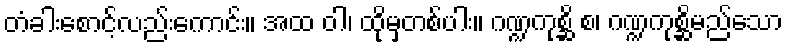
တံခါးစောင့်လည်းကောင်း။ အထ ဝါ၊ ထိုမှတစ်ပါး။ ဂဏ္ဍကုစ္ဆိ စ၊ ဂဏ္ဍကုစ္ဆိမည်သော